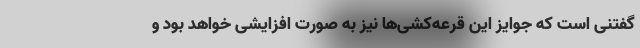
گفتنی است که جوایز این قرعه‌کشی‌ها نیز به صورت افزایشی خواهد بود و